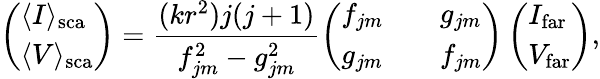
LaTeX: \left(\begin{array}{l}{\langle I\rangle_{\mathrm{sca}}}\\ {\langle V\rangle_{\mathrm{sca}}}\end{array}\right)=\frac{(kr^{2})j(j+1)}{f_{jm}^{2}-g_{jm}^{2}}\left(\begin{array}{lll}{f_{jm}}&&{g_{jm}}\\ {g_{jm}}&&{f_{jm}}\end{array}\right)\left(\begin{array}{l}{I_{\mathrm{far}}}\\ {V_{\mathrm{far}}}\end{array}\right),